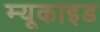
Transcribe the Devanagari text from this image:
म्यूकाइड